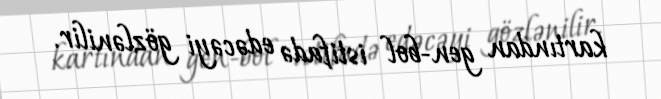
kartından gen-bol istifadə edəcəyi gözlənilir.